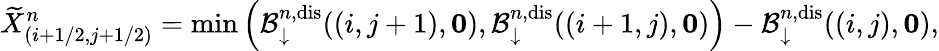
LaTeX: \widetilde{X}_{(i+1/2,j+1/2)}^{n}=\operatorname*{min}\left(\mathcal{B}_{\downarrow}^{n,\mathrm{dis}}((i,j+1),\mathbf{0}),\mathcal{B}_{\downarrow}^{n,\mathrm{dis}}((i+1,j),\mathbf{0})\right)-\mathcal{B}_{\downarrow}^{n,\mathrm{dis}}((i,j),\mathbf{0}),